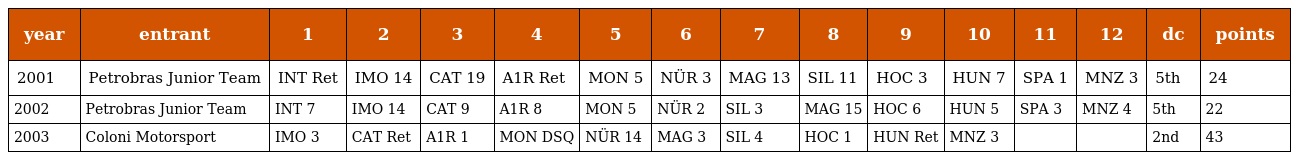
| year | entrant | 1 | 2 | 3 | 4 | 5 | 6 | 7 | 8 | 9 | 10 | 11 | 12 | dc | points |
 | --- | --- | --- | --- | --- | --- | --- | --- | --- | --- | --- | --- | --- | --- | --- | --- |
 | 2001 | Petrobras Junior Team | INT Ret | IMO 14 | CAT 19 | A1R Ret | MON 5 | NÜR 3 | MAG 13 | SIL 11 | HOC 3 | HUN 7 | SPA 1 | MNZ 3 | 5th | 24 |
 | 2002 | Petrobras Junior Team | INT 7 | IMO 14 | CAT 9 | A1R 8 | MON 5 | NÜR 2 | SIL 3 | MAG 15 | HOC 6 | HUN 5 | SPA 3 | MNZ 4 | 5th | 22 |
 | 2003 | Coloni Motorsport | IMO 3 | CAT Ret | A1R 1 | MON DSQ | NÜR 14 | MAG 3 | SIL 4 | HOC 1 | HUN Ret | MNZ 3 |  |  | 2nd | 43 |